Lunatic asylums Central Provinces reports 1886-1894 - 1886-1894
Year: 1886
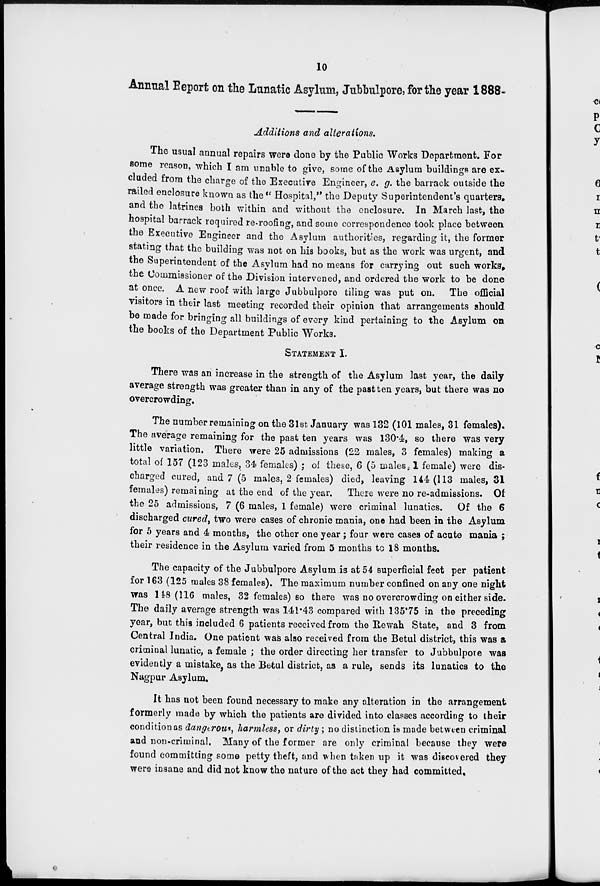
10
Annual Report on the Lunatic Asylum, Jubbulpore, for the year 1888-
Additions and alterations.
The usual annual repairs were done by the Public Works Department. For
some reason, which I am unable to give, some of the Asylum buildings are ex-
cluded from the charge of the Executive Engineer, e. g. the barrack outside the
railed enclosure known as the" Hospital," the Deputy Superintendent's quarters.
and the latrines both within and without the enclosure. In March last, the
hospital barrack required re-roofing, and some correspondence took place between
the Executive Engineer and the Asylum authorities, regarding it, the former
stating that the building was not on his books, but as the work was urgent, and
the Superintendent of the Asylum had no means for carrying out such works
the Commissioner of the Division intervened, and ordered the work to be done
at once. A new roof with large Jubbulpore tiling was put on. The official
visitors in their last meeting recorded their opinion that arrangements should
be made for bringing all buildings of every kind pertaining to the Asylum on
the books of the Department Public Works.
STATEMENT I.
There was an increase in the strength of the Asylum last year, the daily
average strength was greater than in any of the past ten years, but there was no
overcrowding.
The number remaining on the 31st January was 132 (101 males, 31 females).
The average remaining for the past ten years was 130.4, so there was very
little variation. There were 25 admissions (22 males, 3 females) making a
total of 157 (123 males, 34 females) ; of these, 6 (5 males, 1 female) were dis-
charged cured, and 7 (5 males, 2 females) died, leaving 144(113 males, 31
females) remaining at the end of the year. There were no re-admissions. Of
the 25 admissions, 7 (6 males, 1 female) were criminal lunatics. Of the 6
discharged cured, two were cases of chronic mania, one had been in the Asylum
for 5 years and 4 months, the other one year ; four were cases of acute mania ;
their residence in the Asylum varied from 5 months to 18 months.
The capacity of the Jubbulpore Asylum is at 54 superficial feet per patient
for 163 (125 males 38 females). The maximum number confined on any one night
was 148(116 males, 32 females) so there was no overcrowding on either side-
The daily average strength was 141.43 compared with 135.75 in the preceding
year, but this included 6 patients received from the Rewah State, and 3 from
Central India. One patient was also received from the Betul district, this was a
criminal lunatic, a female ; the order directing her transfer to Jubbulpore was
evidently a mistake, as the Betul district, as a rule, sends its lunatics to the
Nagpur Asylum.
It has not been found necessary to make any alteration in the arrangement
formerly made by which the patients are divided into classes according to their
condition as dangerous, harmless, or dirty ; no distinction is made between criminal
and non-criminal. Many of the former are only criminal because they were
found committing some petty theft, and when taken up it was discovered they
were insane and did not know the nature of the act they had committed.